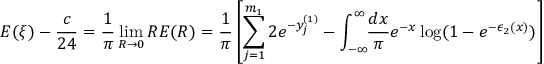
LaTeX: \displaystyle E ( \xi ) - \frac { c } { 2 4 } = \frac { 1 } { \pi } \operatorname * { l i m } _ { R \rightarrow 0 } R E ( R ) = \displaystyle \frac { 1 } { \pi } \left[ \sum _ { j = 1 } ^ { m _ { 1 } } 2 e ^ { - y _ { j } ^ { ( 1 ) } } - \int _ { - \infty } ^ { \infty } \! \! \frac { d x } { \pi } e ^ { - x } \log ( 1 - e ^ { - \epsilon _ { 2 } ( x ) } ) \right]